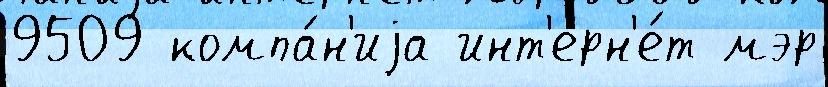
9509 компа́н'иjа инт'ерн'е́т мэр